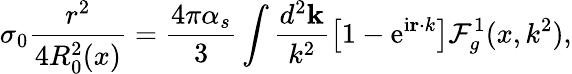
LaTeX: \sigma_{0}\frac{r^{2}}{4R_{0}^{2}(x)}=\frac{4\pi\alpha_{s}}{3}\int\frac{d^{2}{\mathbf k}}{k^{2}}\left[1-\mathrm{e}^{\mathrm{i}{\mathbf r\cdot k}}\right]{\cal F}_{g}^{1}(x,k^{2}),